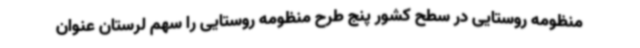
منظومه روستایی در سطح کشور پنج طرح منظومه روستایی را سهم لرستان عنوان